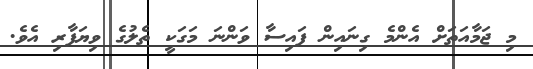
މި ޖަމާއަތަށް އެންމެ ގިނައިން ފައިސާ ވަންނަ މަގަކީ ތެލުގެ ވިޔަފާރި އެވެ.